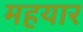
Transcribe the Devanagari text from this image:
महयार